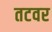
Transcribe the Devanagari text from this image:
तटवर